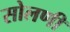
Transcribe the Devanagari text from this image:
सोलणी